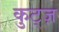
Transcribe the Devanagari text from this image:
कुट्ज़